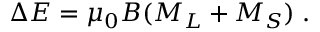
\Delta E = \mu _ { 0 } B ( M _ { L } + M _ { S } ) \; .